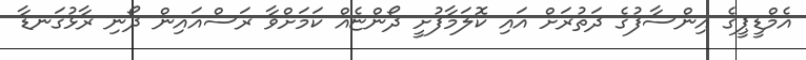
އެމްޑީޕީގެ އިންސާފުގެ ދަތުރަށް އައި ކޮލަމާފުށީ ދޯންޏެއް ކަމަށްވާ ރަސްއައިން ދޯނި ރާޅުގަނޑާ